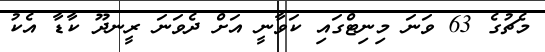
މެޗުގެ 63 ވަަނަ މިނިޓްގައި ކަވާނީ އަށް ދެވަނަ ރީނދޫ ކާޑާ އެކު